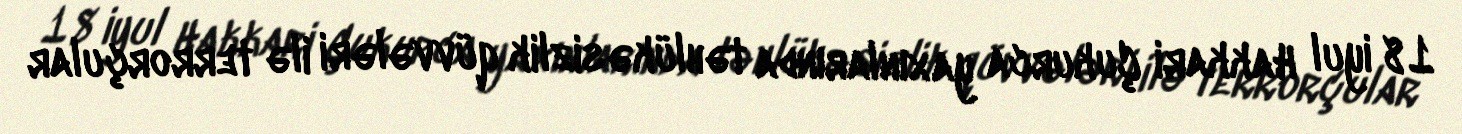
18 iyul Hakkari Çukurca yaxınlarında təhlükəsizlik qüvvələri ilə terrorçular